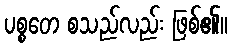
ပစ္စတေ စသည်လည်း ဖြစ်၏။